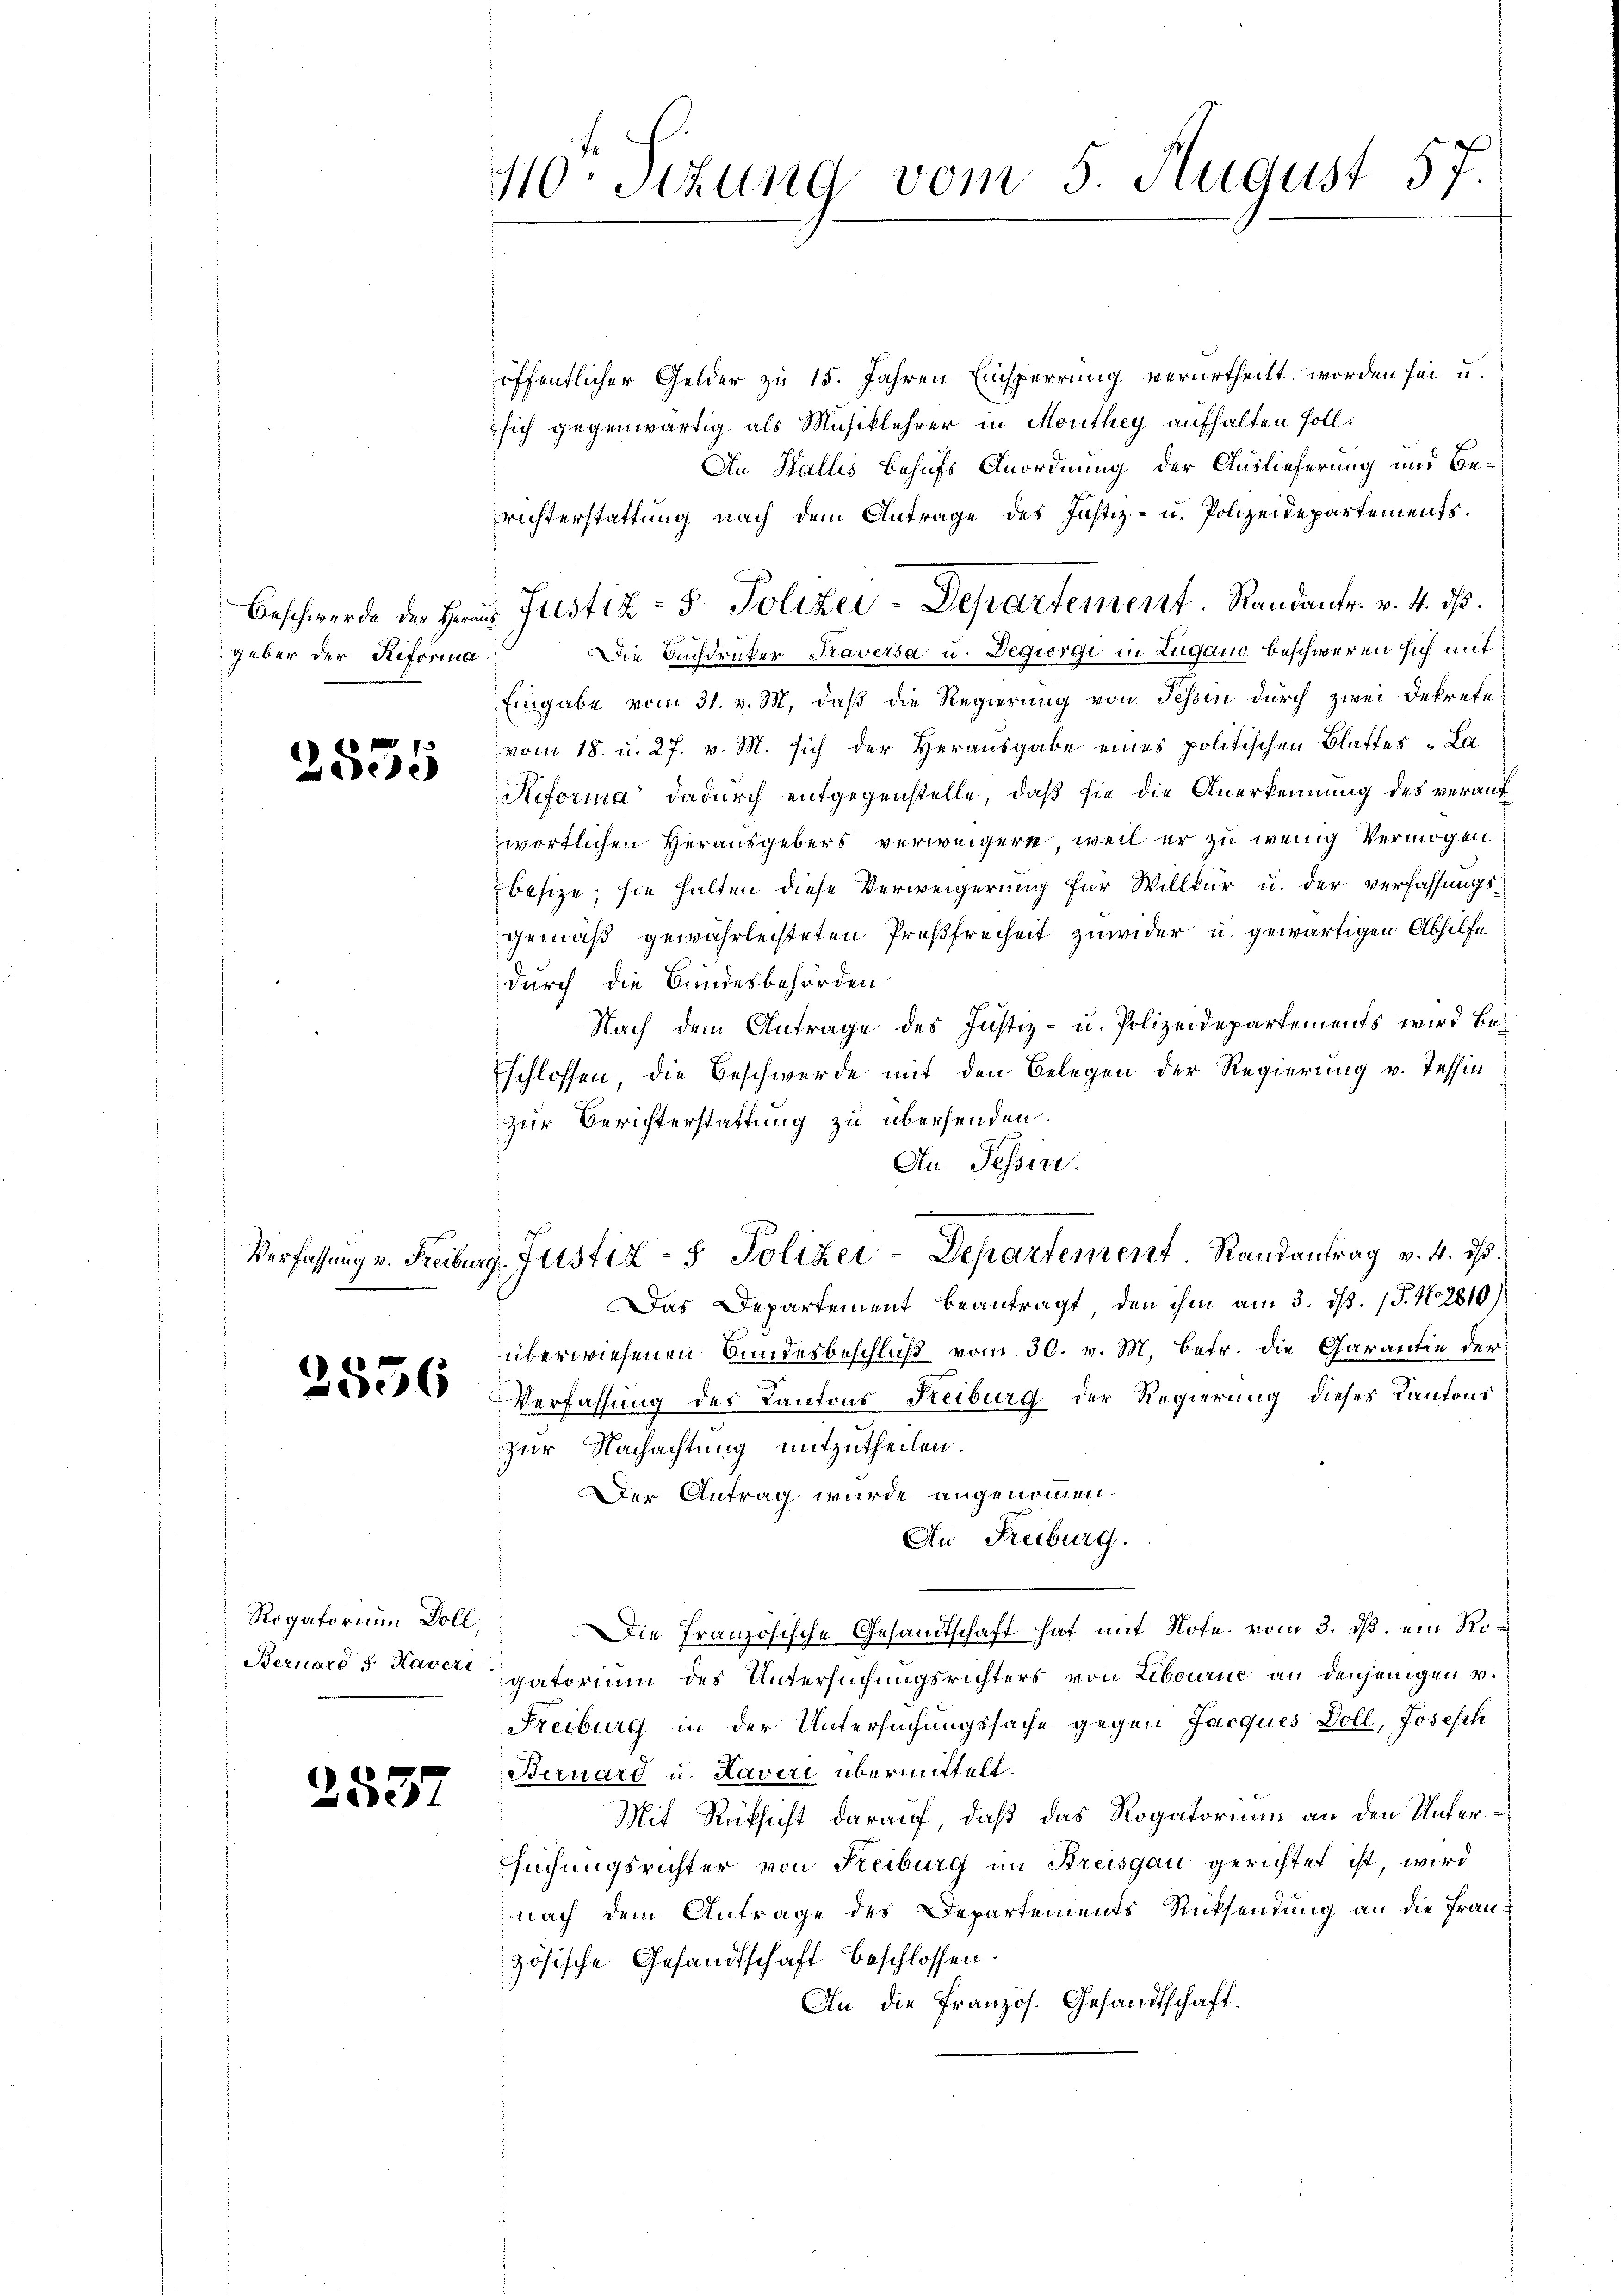
Beschwerde der Herrn
geber der Reforma

ede

2556

Rogatorium Doll,
Bernaro 5 Haveri

2537

40 sizung vom 5. August 57.

öffentlicher Gelder zu 15. Jahren Einsperrung verurtheilt worden sei u.
sich gegenwärtig als Musiklehrer in Monthey aufhalten soll.
An Stallis behufs Anordnung der Auslieferung und Bewichterstattung nach dem Antrage des Justiz- u. Polizeidepartements.
u Justiz- & Polizei-Departement. Randants. v. 4. d.
Die Buchdruker Taversa u. Degiorgi in Lugano beschweren sich mit
Eingabe vom 31. v. M. daß die Regierung von Tessin durch zwei Dekrete
vom 18. u. 27. v. M. sich der Herausgabe eines politischen Blattes La
Reforma dadurch entgegenstelle, daß sie die Anerkennung des verauf
wortlichen Herausgebers verweigern, weil er zu wenig Vermögen
besize; sie halten diese Verweigerung für Willkür u. der verfassungsgemäß gewährleisteten Preßfreiheit zuwider u. gewärtigen Abhilfe
durch die Bundesbehörden
Nach dem Antrage des Justiz- u. Polizeidepartements wird beschlossen, die Beschwerde mit den Belegen der Regierung v. Tessin
zur Berichterstattung zu übersenden.
An Tessin.
.
Verfassung v. Freiburg. Justiz- & Polizei-Departement. Randantrag v. 4. ds.
Das Departement beantragt, den ihm am 3. ds. 1. No 2810)
überwiesenen Bundesbeschluß vom 30. v. M. betr. die Garantie der
Verfassung des Kantons Reiburg der Regierung dieses Kantons
zur Nachachtung mitzutheilen.
Der Antrag wurde angenommen.
An Freiburg.
Die Französische Gesandtschaft hat mit Note vom 3. ds. ein Rogatorium des Untersuchungsrichters von Libourne an denjenigen v.
Freiburg in der Untersuchungssache gegen Jacques Doll, Josesch
Bernard u. Laveri übermittelt.
Mit Rücksicht darauf, daß das Rogatorium an den Untersuchungsrichter von Freiburg im Breisgau gerichtet ist, wird
nach dem Antrage des Departements Rücksendung an die Französische Gesandtschaft beschlossen.
An die Französ. Gesandtschaft.